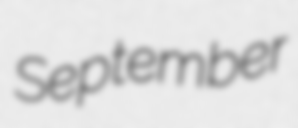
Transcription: September